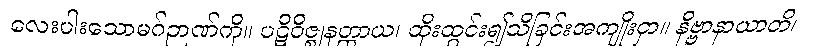
လေးပါးသောမဂ်ဉာဏ်ကို။ ပဋိဝိဇ္ဈနတ္ထာယ၊ ထိုးထွင်း၍သိခြင်းအကျိုးငှာ။ နိဗ္ဗာနာယာတိ၊